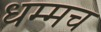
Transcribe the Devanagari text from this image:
धम्मच